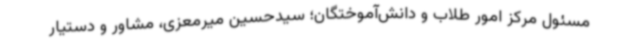
مسئول مرکز امور طلاب و دانش‌آموختگان؛ سیدحسین میرمعزی، مشاور و دستیار